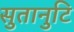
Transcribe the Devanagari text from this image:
सुतानुटि